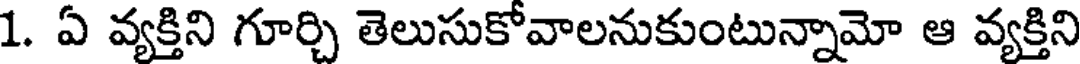
1. ఏ వ్యక్తిని గూర్చి తెలుసుకోవాలనుకుంటున్నామో ఆ వ్యక్తిని